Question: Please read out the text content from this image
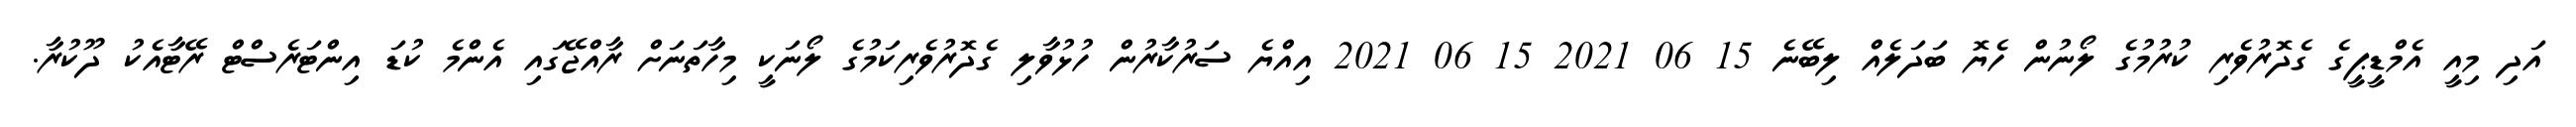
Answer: އަދި މިއީ އެމްޑީޕީގެ ގެދޮރުވެރި ކުރުމުގެ ލޯނުން ހެޔޮ ބަދަލެއް ލިބޭނެ 15 06 2021 15 06 2021 އިއްޔެ ސަރުކާރުން ހުޅުވާލި ގެދޮރުވެރިކަމުގެ ލޯނަކީ މިހާތަނަށް ރާއްޖޭގައި އެންމެ ކުޑަ އިންޓަރެސްޓް ރޭޓާއެކު ދޫކުރާ.